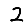
Digit: 2